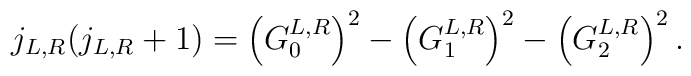
j_{L,R}(j_{L,R}+1)=\left( G_0^{L,R}\right) ^2-\left( G_1^{L,R}\right)^2-\left( G_2^{L,R}\right) ^2.